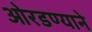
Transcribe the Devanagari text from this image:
ओरडण्याने